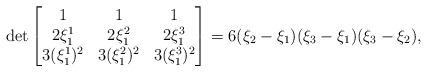
LaTeX: \begin{align*} \det \begin{bmatrix} 1&1&1\\ 2\xi_1^1&2\xi_1^2&2\xi_1^3 \\ 3(\xi_1^1)^2&3(\xi_1^2)^2&3(\xi_1^3)^2 \end{bmatrix}&= 6(\xi_2-\xi_1)(\xi_3-\xi_1)(\xi_3-\xi_2),\end{align*}